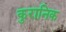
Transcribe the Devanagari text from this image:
कुरानिक